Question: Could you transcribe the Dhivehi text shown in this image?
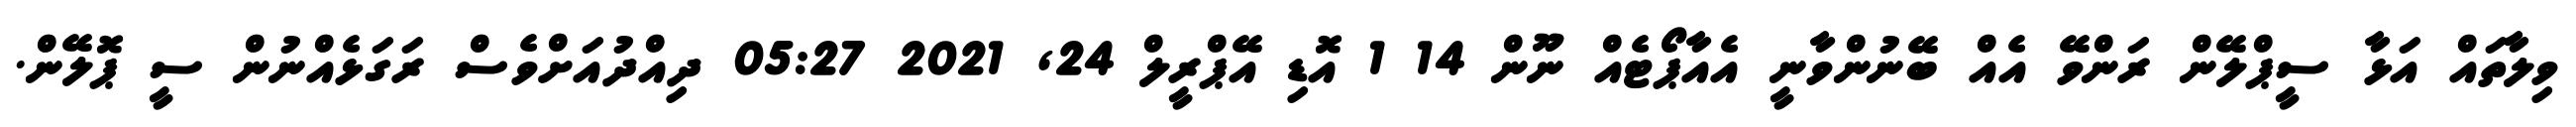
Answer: ވިލާތައް އަޅާ ސީޕްލޭން ރަންވޭ އެއް ބޭނުންވާނީ އެއާޕޯޓެއް ނޫން 14 1 އޮޑި އޭޕްރީލް 24, 2021 05:27 ދިއްދުއަށްވެސް ރަގަޅެއްނުން ސީ ޕޮލޭން.